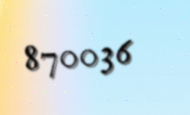
870036